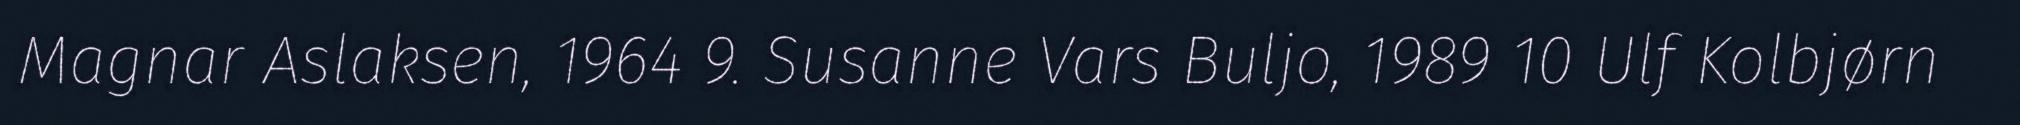
Magnar Aslaksen, 1964 9. Susanne Vars Buljo, 1989 10 Ulf Kolbjørn